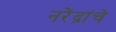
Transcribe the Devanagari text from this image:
नरेंद्रांचे